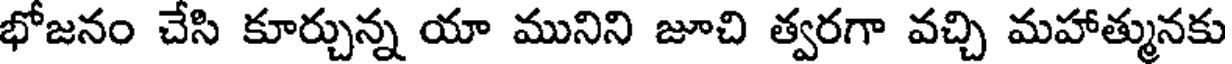
భోజనం చేసి కూర్చున్న యా మునిని జూచి త్వరగా వచ్చి మహాత్మునకు